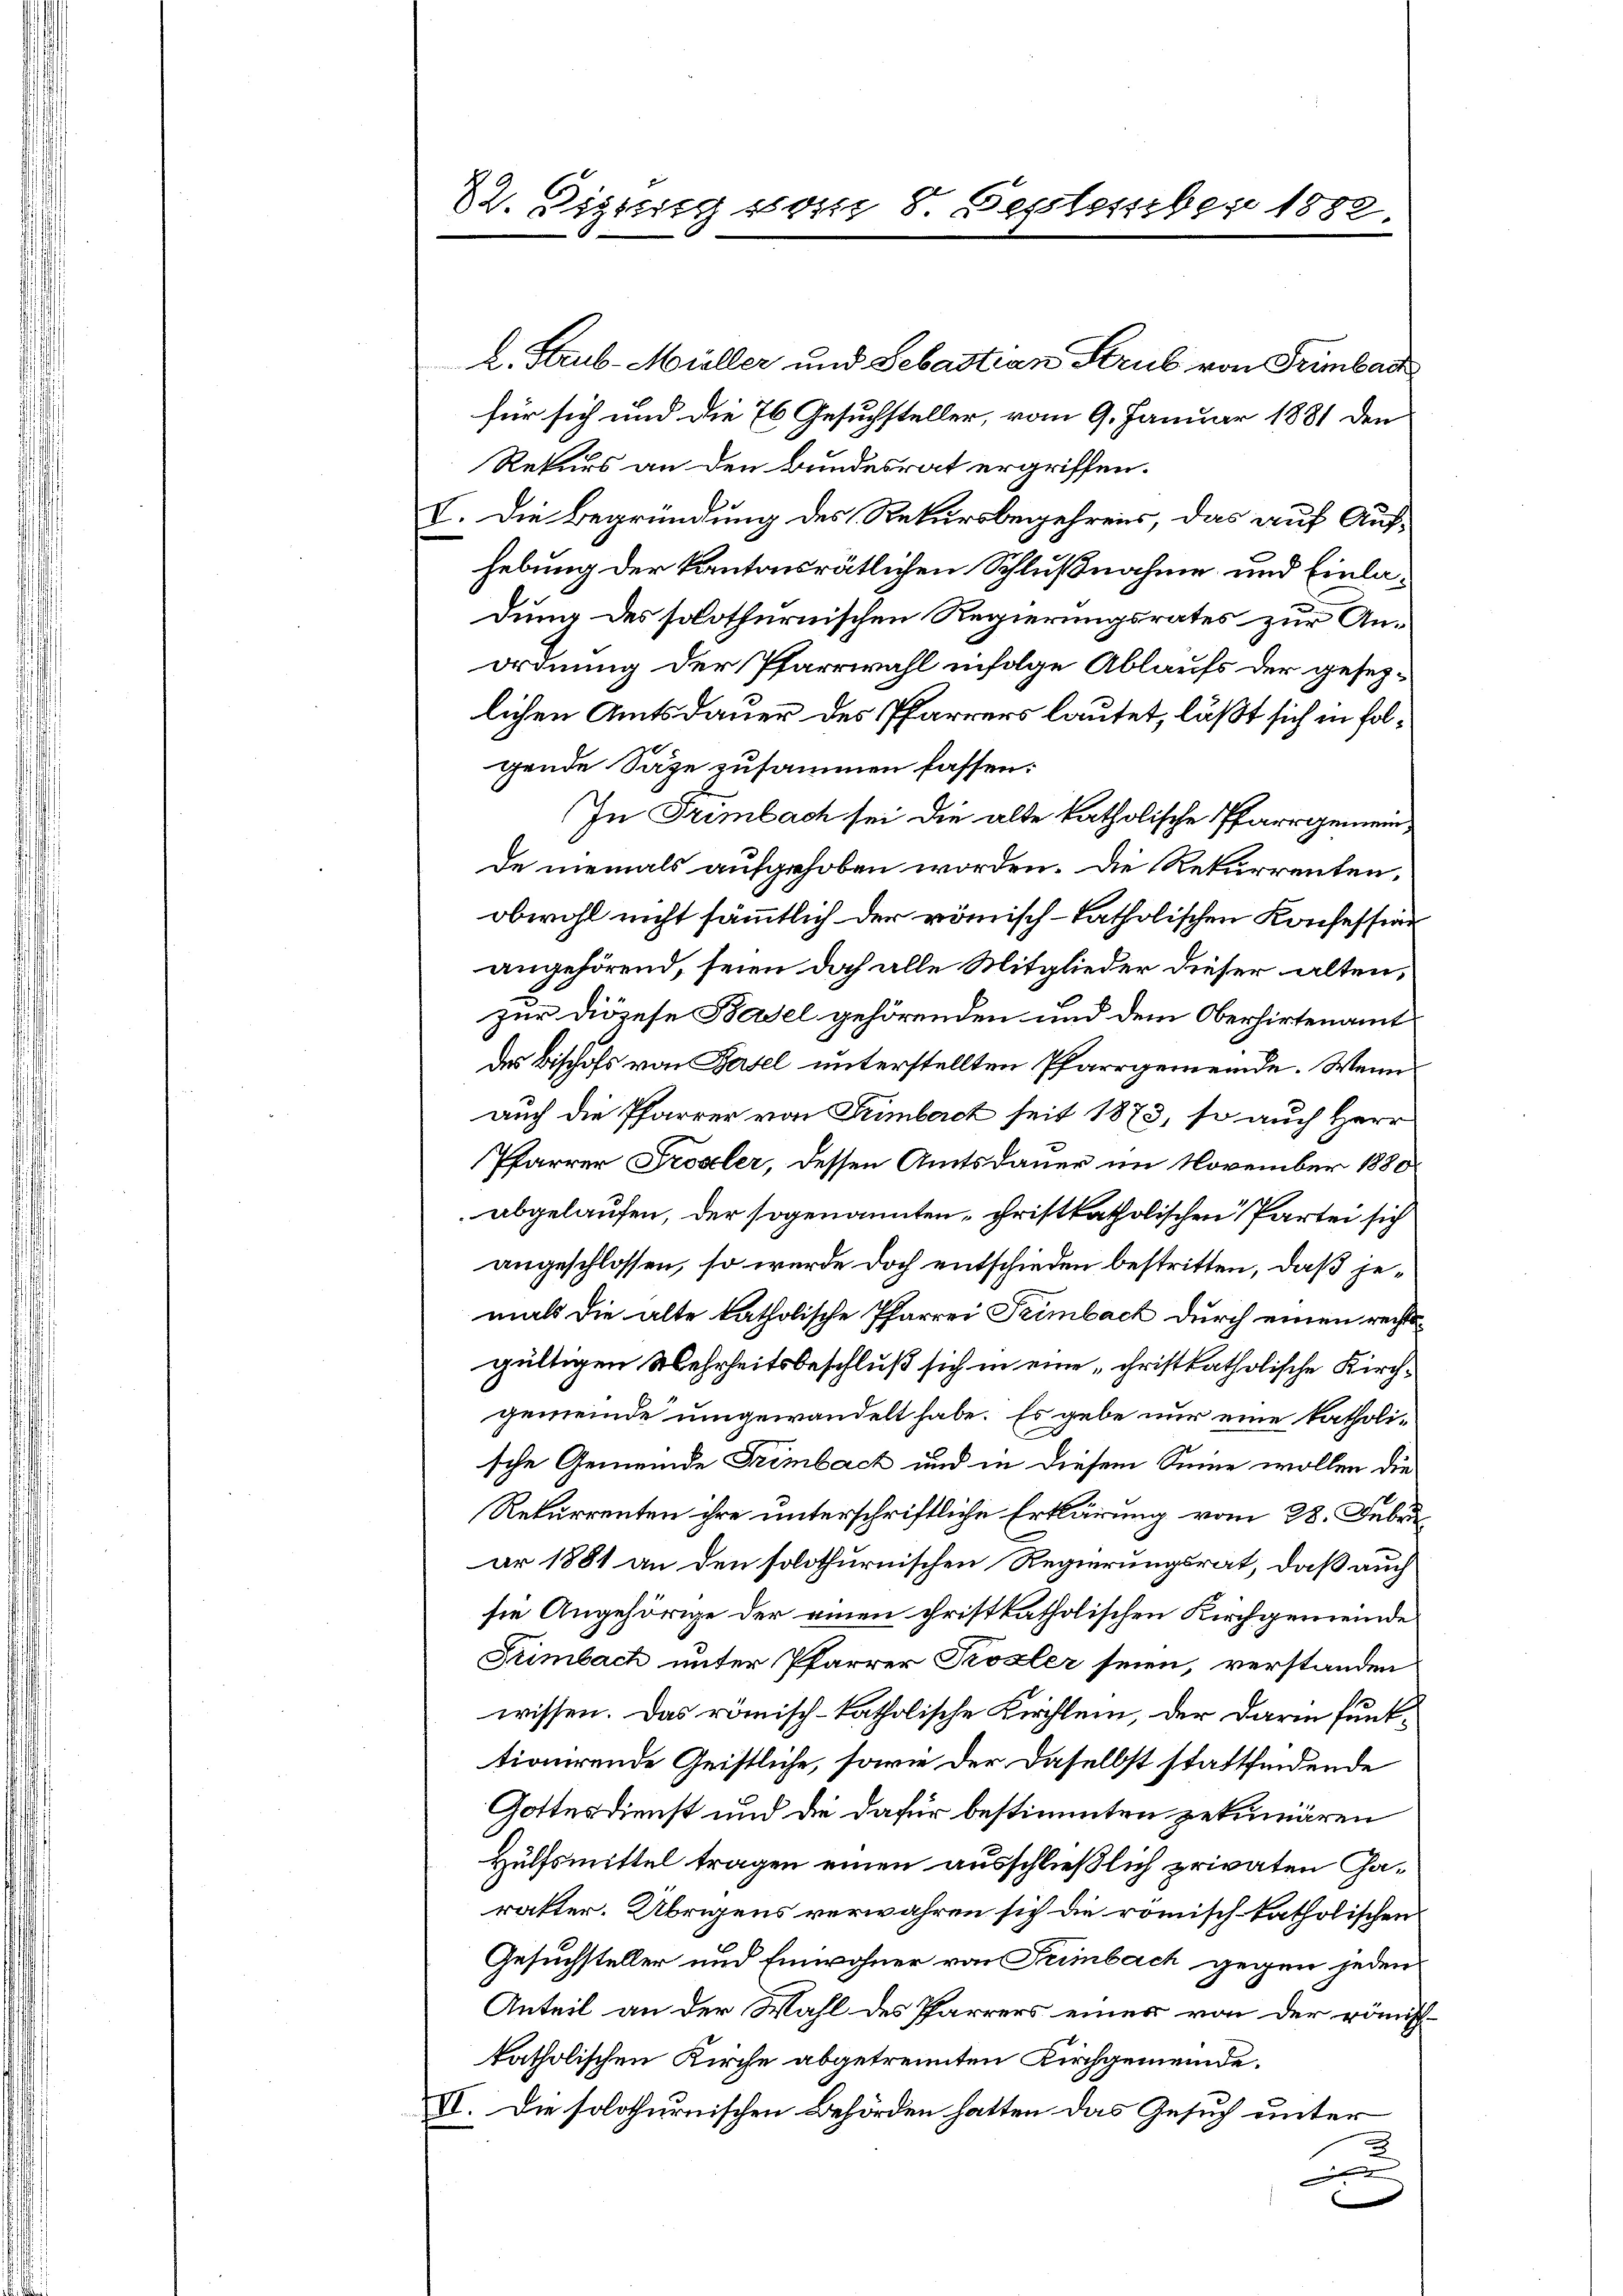
. Bisig s

8. September 1882.

l. Strub-Müller und Sebastian Strub von Trimbac
für sich und die 76 Gesuchsteller, vom 9. Januar 1881 den
Rekurs an den Bundesrat ergriffen.
V. Die Begründung des Rekursbegehrens, das auf Aufhebung der kantonsrätlichen Schlußnahme und Einladung des solothurnischen Regierungsrates zur Anordnung der Pfarrwahl infolge Ablaufs der gesezlichen Amtsdauer des Pfarrers lautet, läßt sich in folgende Säge zusammen fassen:
In Trimbach sei die alte katholische Pfarrgemeinde niemals aufgehoben worden. Die Rekurrenten,
obwohl nicht sämmtlich der römisch-katholischen Konfession
angehörend, seien doch alle Mitglieder dieser alten,
zur Diözese Basel gehörenden und dem Oberhirtenamt
des Bischofs von Basel unterstellten Pfarrgemeinde. Wenn
auch die Pfarrer von Trimbert seit 1873, so auch Herr
Pfarrer Probler, dessen Amtsdauer im November 1880
abgelaufen, der sogenannten christkatholischen Partei sich
angeschlossen, so wurde doch entschieden bestritten, daß jemals die alte katholische Pfarrei Trimbach durch einen rechtsgültigen Mehrheitsbeschluß sich in eine „christkatholische Kirchgemeinde umgewandelt habe. Es gebe nur eine katholische Gemeinde Trimbach und in diesem Sinne wollen die
Rekurrenten ihre unterschriftliche Erklärung vom 28. Febru
ar 1881 an den solothurnischen Regierungsrat, daß auch
sie Angehörige der einen christkatholischen Kirchgemeinde
Seimbach unter Pfarrer Prozler seien, verstanden
wissen. Das römisch-katholische Kirchlein, der darin funk-
tionirende Geistliche, sowie der daselbst stattfindende
Gottesdienst und die dafür bestimmten gekuniären
Hülfsmittel tragen einen ausschließlich privaten Carakter. Übrigens verwahren sich die römisch-katholischen
Gesuchsteller und Einwohner von Trimbach gegen jeden
Anteil an der Wahl des Pfarrers einer von der römist.
katholischen Kirche abgetrennten Kirchgemeinde.
VI. Die solothurnischen Behörden hatten das Gesuch unter
u